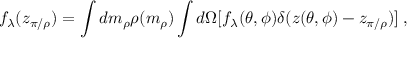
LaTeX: f _ { \lambda } ( z _ { \pi / \rho } ) = \int d m _ { \rho } \rho ( m _ { \rho } ) \int d \Omega [ f _ { \lambda } ( \theta , \phi ) \delta ( z ( \theta , \phi ) - z _ { \pi / \rho } ) ] \; ,